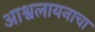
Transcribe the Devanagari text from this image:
आश्वलायनाचा